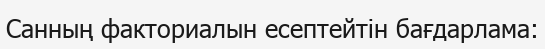
Санның факториалын есептейтін бағдарлама: